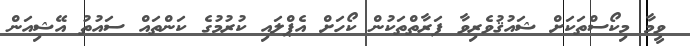
ވީމާ މިކޯސްތަކަށް ޝައުޤުވެރިވާ ފަރާތްތަކުން ކޯހަށް އެޕްލައި ކުރުމުގެ ކަންތައް ސައުތު އޭޝިއަން